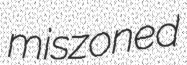
miszoned